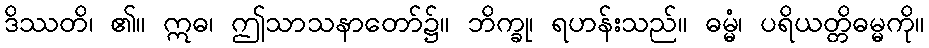
ဒိဿတိ၊ ၏။ ဣဓ၊ ဤသာသနာတော်၌။ ဘိက္ခု၊ ရဟန်းသည်။ ဓမ္မံ၊ ပရိယတ္တိဓမ္မကို။